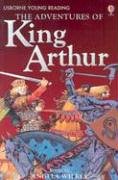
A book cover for The Adventures of King Arthur (Young Reading); Children's Books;